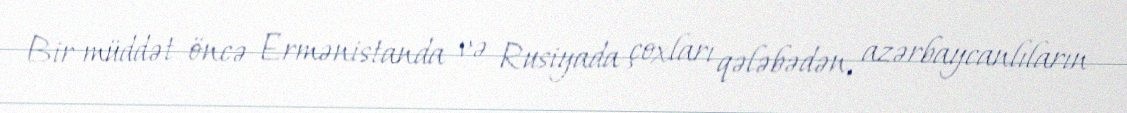
Bir müddət öncə Ermənistanda və Rusiyada çoxları qələbədən, azərbaycanlıların